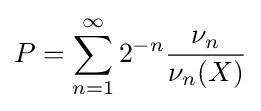
P=\sum _{n=1}^{\infty }2^{-n}{\frac {\nu _{n}}{\nu _{n}(X)}}